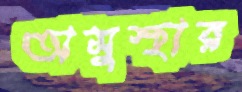
অসুস্থার